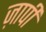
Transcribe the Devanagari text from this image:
ज़ापी